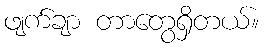
ဖျက်ချာ တာတွေရှိတယ်။